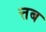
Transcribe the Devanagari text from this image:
त्तब